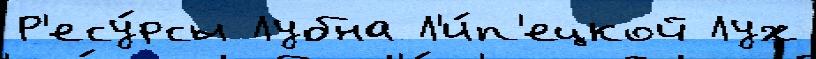
Р'есу́рсы Лубна Л'и́п'ецкой Лух